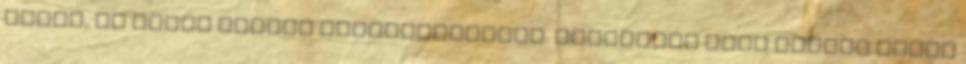
egyet, és sosem voltam távolságharcos. Többnyire csak mentem előre